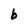
Character: b